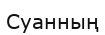
Суанның